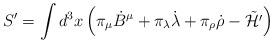
LaTeX: \begin{align*}S' = \int d^3x \left( \pi_\mu {\dot B}^\mu + \pi_\lambda {\dot \lambda} + \pi_\rho {\dot \rho} - \tilde{\cal H'} \right)\end{align*}